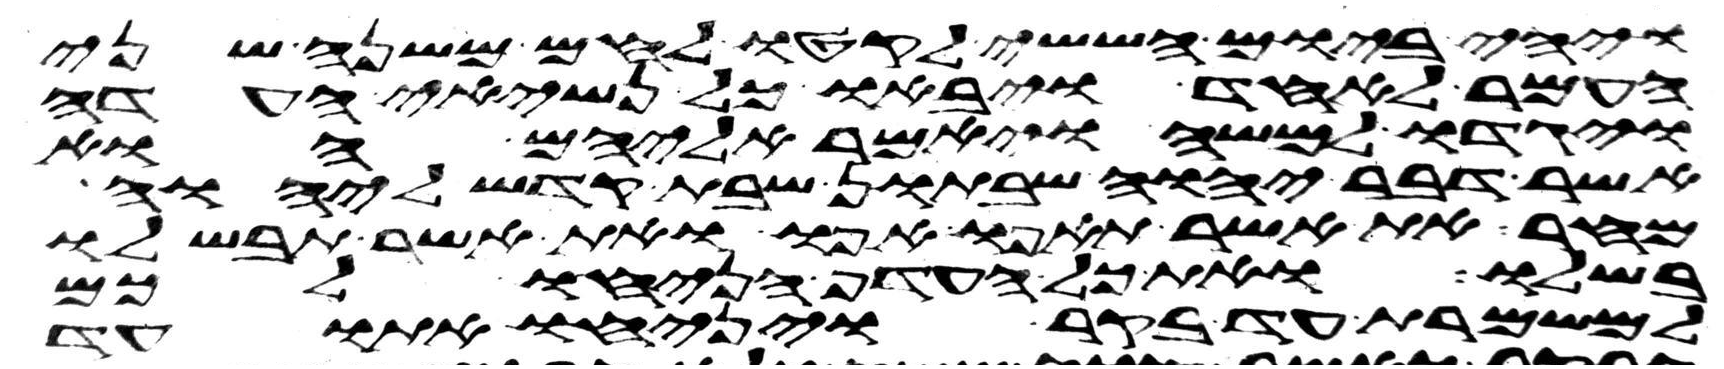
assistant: ויהי ביום הששי לקטו לחם משנה שני
העמר לאחד ויבאו כל נשיאי העדה
ויגדו למשה ויאמר אליהם הוא
אשר דבר יהוה שבתון שבת קדש ליהוה
מחר את אשר תאפו אפו ואת אשר תבשלו
בשלו ואת כל העדף הניחו לכם
למשמרת עד בקר ויניחו אתו עד